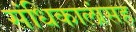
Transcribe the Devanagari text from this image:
संधिकालांसह